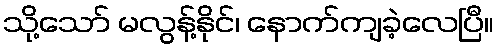
သို့သော် မလွန့်နိုင်၊ နောက်ကျခဲ့လေပြီ။